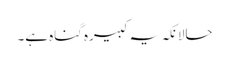
حالانکہ یہ کبیرہ گناہ ہے۔